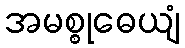
အမစ္စုဓေယျံ